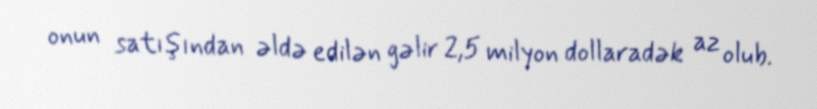
onun satışından əldə edilən gəlir 2,5 milyon dollaradək az olub.